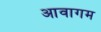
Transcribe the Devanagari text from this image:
आवागम